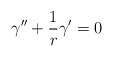
\begin{align*}\gamma ^{\prime \prime} + \frac{1}{r} \gamma ^{\prime} =0\end{align*}